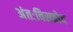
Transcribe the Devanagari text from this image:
अंतःविस्फोद